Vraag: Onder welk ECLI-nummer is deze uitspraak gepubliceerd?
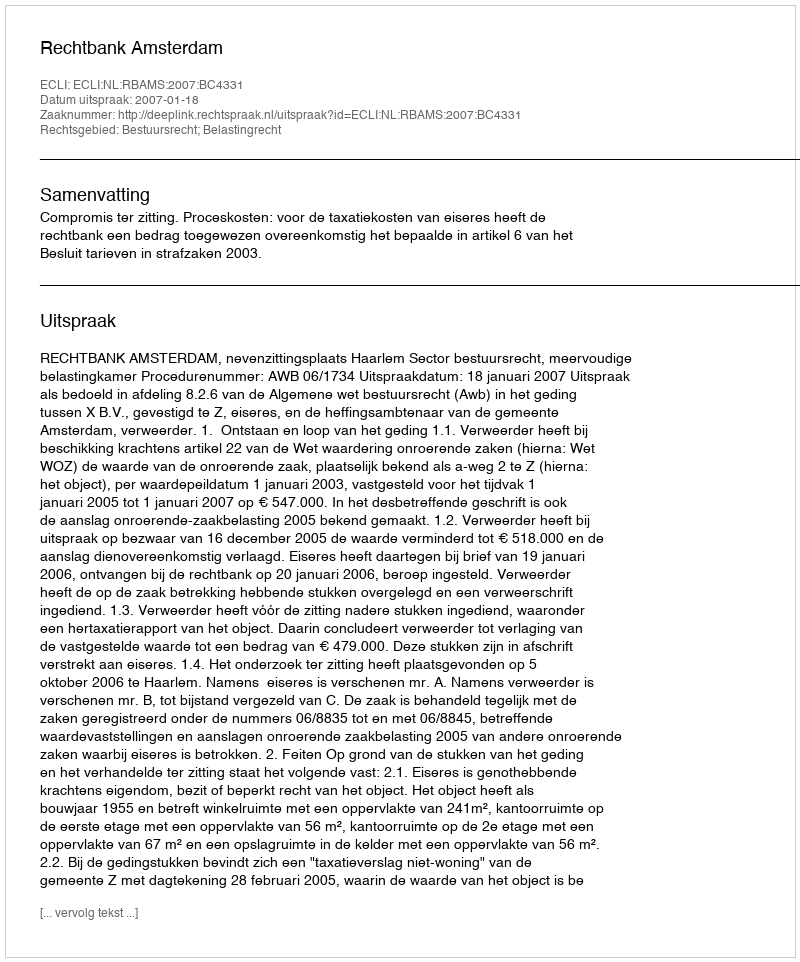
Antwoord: ECLI:NL:RBAMS:2007:BC4331